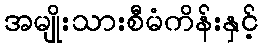
အမျိုးသားစီမံကိန်းနှင့်